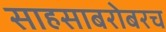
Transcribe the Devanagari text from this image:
साहसाबरोबरच